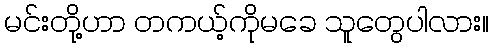
မင်းတို့ဟာ တကယ့်ကိုမခေ သူတွေပါလား။